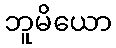
ဘူမိယော